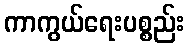
ကာကွယ်ရေးပစ္စည်း